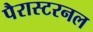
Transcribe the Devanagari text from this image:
पैरास्टरनल